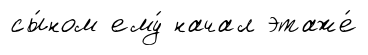
сы́ном ему́ начал этаже́